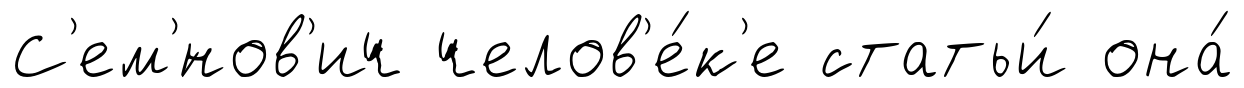
С'ем'́нов'ич челов'е́к'е статьи́ она́